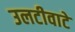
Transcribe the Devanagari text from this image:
उलटीवाटे